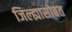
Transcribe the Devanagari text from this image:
जिल्ह्यासोबत